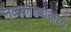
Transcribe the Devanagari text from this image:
नळकांड्यासारखे